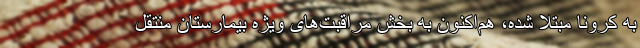
به کرونا مبتلا شده، هم‌اکنون به بخش‌ مراقبت‌های ویژه بیمارستان منتقل